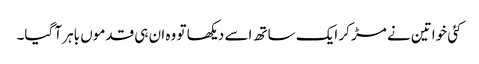
کئی خواتین نے مڑ کر ایک ساتھ اسے دیکھا تو وہ ان ہی قدموں باہر آ گیا۔